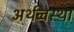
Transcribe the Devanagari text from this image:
अर्थव्वस्था